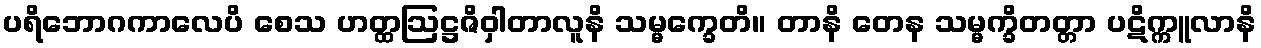
ပရိဘောဂကာလေပိ စေသ ဟတ္ထဩဋ္ဌဇိဝှါတာလူနိ သမ္မက္ခေတိ။ တာနိ တေန သမ္မက္ခိတတ္တာ ပဋိက္ကူလာနိ